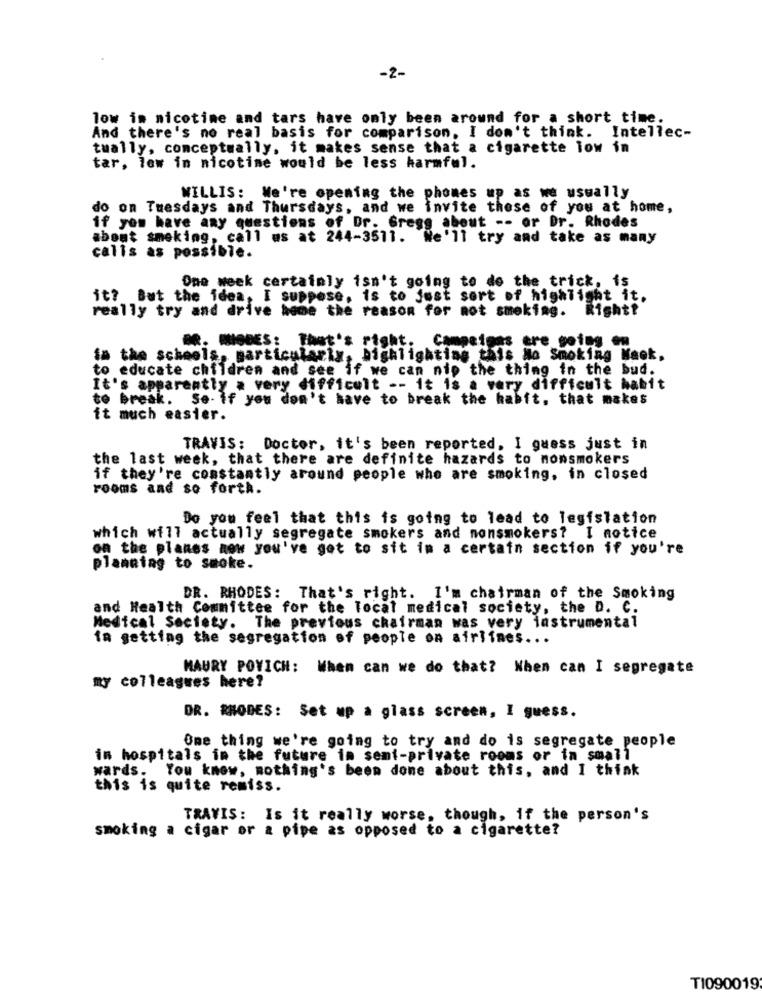
-2-
low in nicotine and tars have only been around for a short time.
And there's no real basis for comparison, I don't think. Intellec-
tually, conceptually, it makes sense that a cigarette low in
tar, low in nicotine would be less harmful.
WILLIS: We're opening the phones up as we usually
do on Tuesdays and Thursdays, and we invite those of you at home,
if you have any questions of Dr. Gregg about -- or Dr. Rhodes
about smoking, call as at 244-3511. We'll try and take as many
calis as possible.
One week certainly isn't going to do the trick, is
it? But the idea, I suppose, is to Just sort of highlight it.
really try and drive home the reason for not smoking. Right?
DR. MIODES: That's right. Campaigns ere going on
is the schools, particularly, highlighting this No Smoking Maok,
to educate children and see if we can nip the thing in the bud.
It's apparently a very difficult -- it is a very difficult habit
to break. Se- if you don't have to break the kabit, that makes
it much easier.
TRAVIS: Doctor, it's been reported, I guess just in
the last week, that there are definite hazards to nonsmokers
if they're constantly around people who are smoking, in closed
rooms and so forth.
Do you feel that this is going to lead to legislation
which will actually segregate smokers and nonsmokers? I notice
on the planes now you've got to sit in a certain section if you're
planning to smoke.
DR. RHODES: That's right. I'm chairman of the Smoking
and Health Committee for the local medical society, the D. C.
Medical Society. The previous chairman was very instrumental
im getting the segregation of people on airlines ...
MAURY POVICH: When can we do that? When can I segregate
my colleagues here?
DR. RHODES: Set up a glass screen, I guess.
Ome thing we're going to try and do is segregate people
in hospitals in the future in semi-private rooms or in small
wards. You know, nothing's been done about this, and I think
this is quite remiss.
TRAVIS: Is it really worse, though, if the person's
smoking a cigar or a pipe as opposed to a cigarette?
T1090019